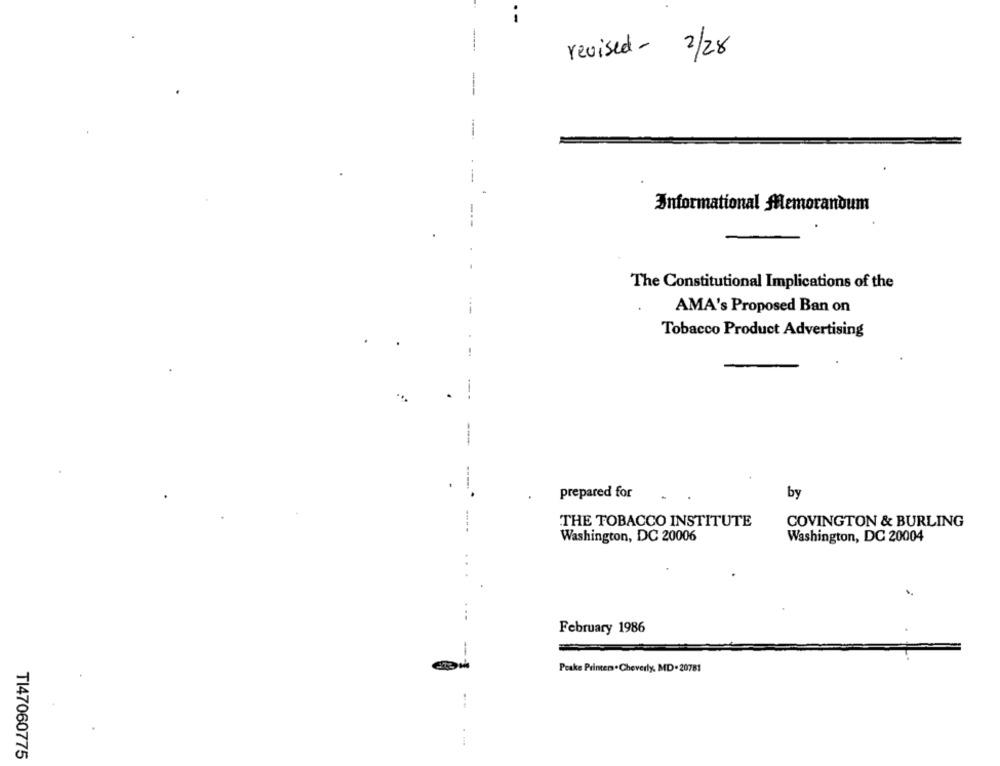
--
------
revised - 2/28
-
Informational Memorandum
---
The Constitutional Implications of the
---
AMA's Proposed Ban on
Tobacco Product Advertising
.
prepared for
by
THE TOBACCO INSTITUTE
COVINGTON & BURLING
Washington, DC 20006
Washington, DC 20004
..
February 1986
-
Peake Printer . Cheverly, MD. 20781
. ...
TI47060775